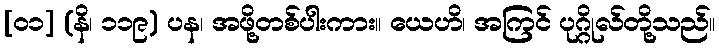
[၀၁] (နိ၊ ၁၁၉) ပန၊ အဖို့တစ်ပါးကား။ ယေဟိ၊ အကြင် ပုဂ္ဂိုလ်တို့သည်။